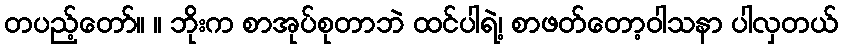
တပည့်တော်။ ။ ဘိုးက စာအုပ်စုတာဘဲ ထင်ပါရဲ့၊ စာဖတ်တော့ဝါသနာ ပါလှတယ်